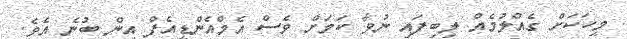
މީހަކަށް ގެއްލުމެއް ލިބިފައި ނުވާ ކަމަށް ވެސް އެމްއެންޑީއެފް އިން ބުނެ އެވެ.